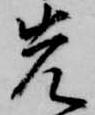
先